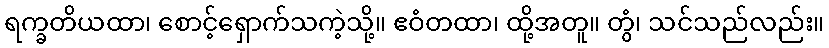
ရက္ခတိယထာ၊ စောင့်ရှောက်သကဲ့သို့။ ဧဝံတထာ၊ ထို့အတူ။ တွံ၊ သင်သည်လည်း။